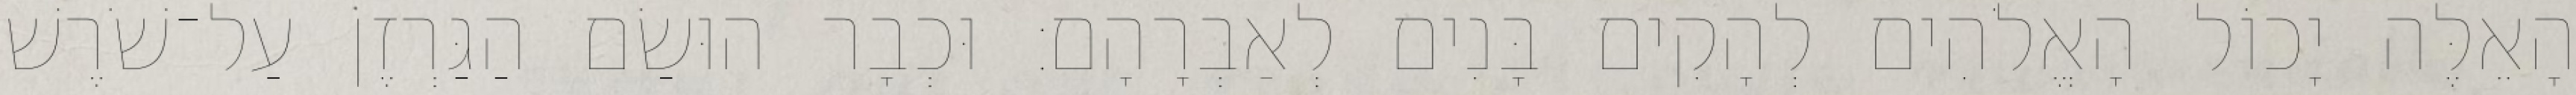
הָאֵלֶּה יָכוֹל הָאֱלֹהִים לְהָקִים בָּנִים לְאַבְרָהָם׃ וּכְבָר הוּשַׂם הַגַּרְזֶן עַל־שֹׁרֶשׁ